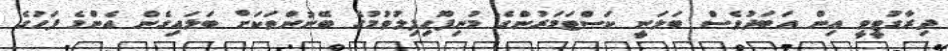
ދިރާގުޓީވީ އިން އަބަދުވެސް ބަލަނީ ކަސްޓަމަރުންގެ މުނިފޫހިފިލުވުމުގެ ބޭނުންތަކަށް ބަލައިގެން އެންމެ ފަހުގެ